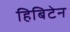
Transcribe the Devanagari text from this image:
हिबिटेन